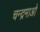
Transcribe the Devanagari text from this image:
चन्द्रमाओ